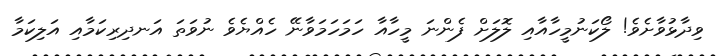
ވިދާޅުވާށެވެ! ލޯކަނުމީހާއާއި ލޮލަށް ފެންނަ މީހާއާ ހަމަހަމަވާނޭ ހެއްޔެވެ ނުވަތަ އަނދިރިކަމާއި އަލިކަމާ